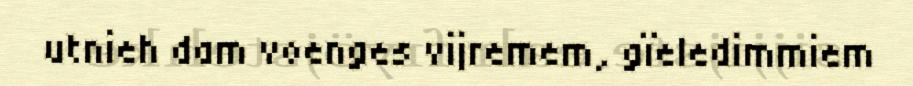
utnieh dam voenges vijremem, gïeledimmiem